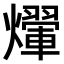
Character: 𤑱